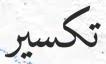
تكسير